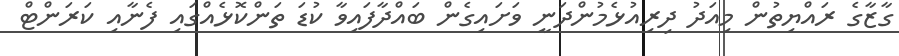
ގާޒާގެ ރައްޔިތުން މިއަދު ދިރިއުޅެމުންދަނީ ވަށައިގެން ބައްދާފައިވާ ކުޑަ ތަންކޮޅެއްގައި ފެނާއި ކަރަންޓް